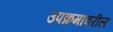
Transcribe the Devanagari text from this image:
उपक्रमावरील